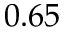
0 . 6 5